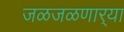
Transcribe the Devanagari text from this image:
जळजळणार्‍या